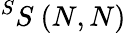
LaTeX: ^SS\ (N,N)